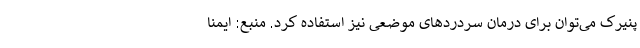
پنیرک می‌توان برای درمان سردردهای موضعی نیز استفاده کرد. منبع: ایمنا